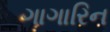
ગાગારિન